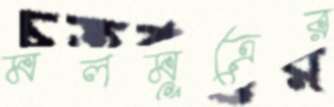
মলমূত্রের